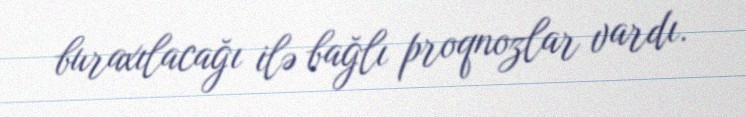
buraxılacağı ilə bağlı proqnozlar vardı.